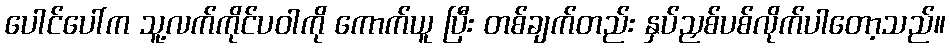
ပေါင်ပေါ်က သူ့လက်ကိုင်ပဝါကို ကောက်ယူ ပြီး တစ်ချက်တည်း နှပ်ညှစ်ပစ်လိုက်ပါတော့သည်။